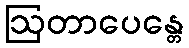
ဩတာပေန္တေ